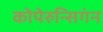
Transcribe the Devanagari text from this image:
कोपेरुन्सिगंन